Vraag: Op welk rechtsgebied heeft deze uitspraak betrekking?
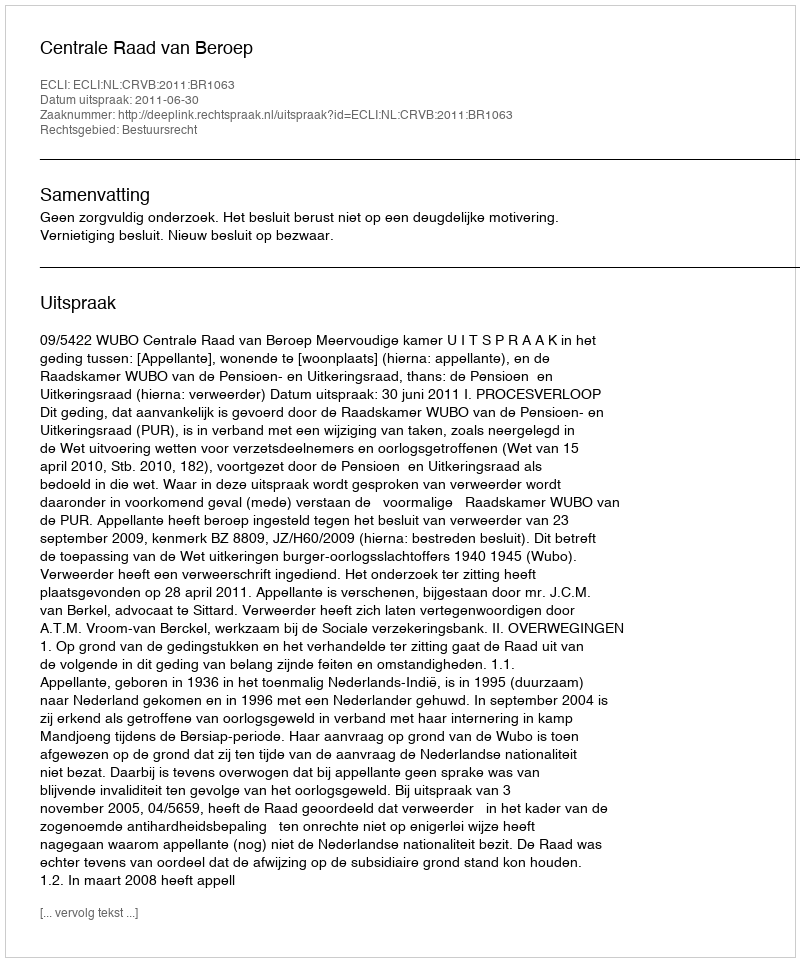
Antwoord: Bestuursrecht